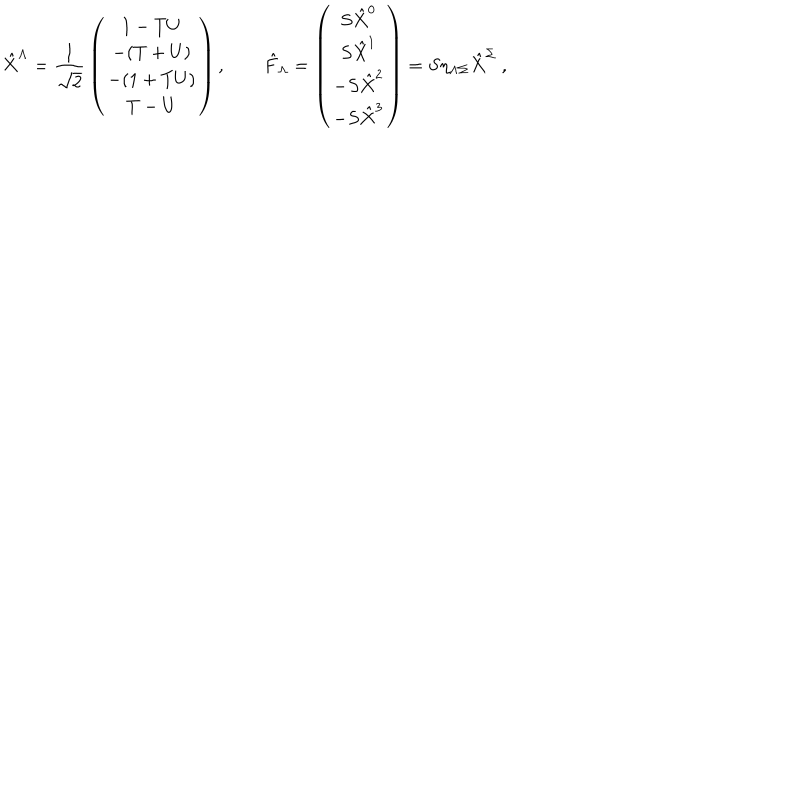
LaTeX: \hat { X } ^ { \Lambda } = { \frac { 1 } { \sqrt 2 } } \left( \begin{matrix} { { 1 - T U } } \\ { { - ( T + U ) } } \\ { { - ( 1 + T U ) } } \\ { { T - U } } \\ \end{matrix} \right) , \qquad \hat { F } _ { \Lambda } = \left( \begin{matrix} { { S \hat { X } ^ { 0 } } } \\ { { S \hat { X } ^ { 1 } } } \\ { { - S \hat { X } ^ { 2 } } } \\ { { - S \hat { X } ^ { 3 } } } \\ \end{matrix} \right) = S \eta _ { \Lambda \Sigma } \hat { X } ^ { \Sigma } \ ,